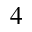
^ { 4 }